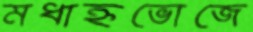
মধাহ্নভোজে